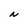
Character: N